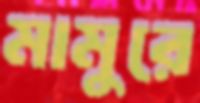
মামুরে